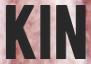
KIN